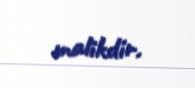
malikdir.